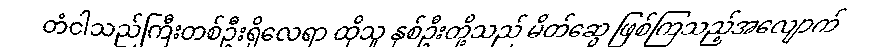
တံငါသည်ကြီးတစ်ဦးရှိလေရာ ထိုသူ နှစ်ဦးတို့သည် မိတ်ဆွေ ဖြစ်ကြသည့်အလျောက်